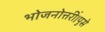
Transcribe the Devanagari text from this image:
भोजनोत्तरीं।पुसे